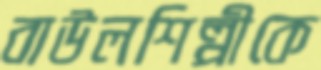
বাউলশিল্পীকে